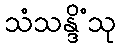
သံသန္ဒိံသု